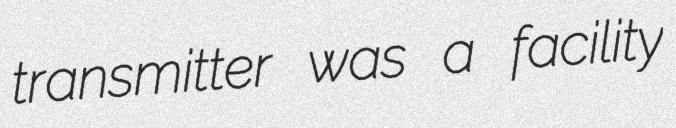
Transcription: transmitter was a facility